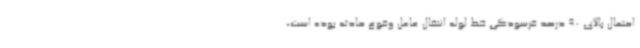
احتمال بالای 90 درصد فرسودگی خط لوله انتقال عامل وقوع حادثه بوده است،